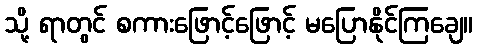
သို့ ရာတွင် စကားဖြောင့်ဖြောင့် မပြောနိုင်ကြချေ။